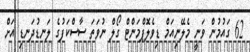
62 ގައުމުން ވަނީ މެލޭނިއަމް ޑިވެލޮޕްމަންޓް ގޯލް ނުވަތަ ސާސްކަފުގެ ލަނޑުދަނޑި އަށް